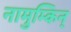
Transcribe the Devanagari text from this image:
नामुम्किन्